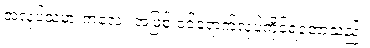
အလုပ်သမားကလေး အဖြစ် ဝင်ရောက်လုပ်ကိုင်ရတော့သည်။